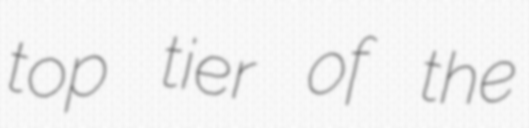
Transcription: top tier of the